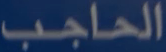
الحاجب